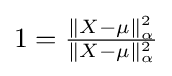
1={\tfrac {\|X-\mu \|_{\alpha }^{2}}{\|X-\mu \|_{\alpha }^{2}}}